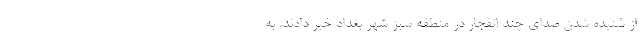
از شنیده شدن صدای چند انفجار در منطقه سبز شهر بغداد خبر دادند. به